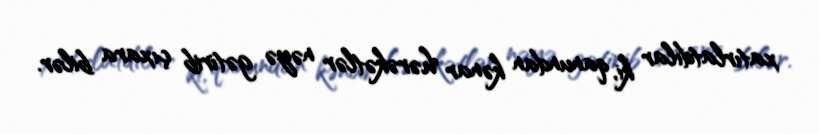
xatırlatdılar ki, qanundan kənar hərəkətlər nəyə gətirib çıxara bilər.